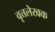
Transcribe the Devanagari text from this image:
वृत्तलेखक